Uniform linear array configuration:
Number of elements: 4
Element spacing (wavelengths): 1
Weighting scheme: uniform
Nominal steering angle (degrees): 30
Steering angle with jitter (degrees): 31.909
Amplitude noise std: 0.05
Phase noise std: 0.05

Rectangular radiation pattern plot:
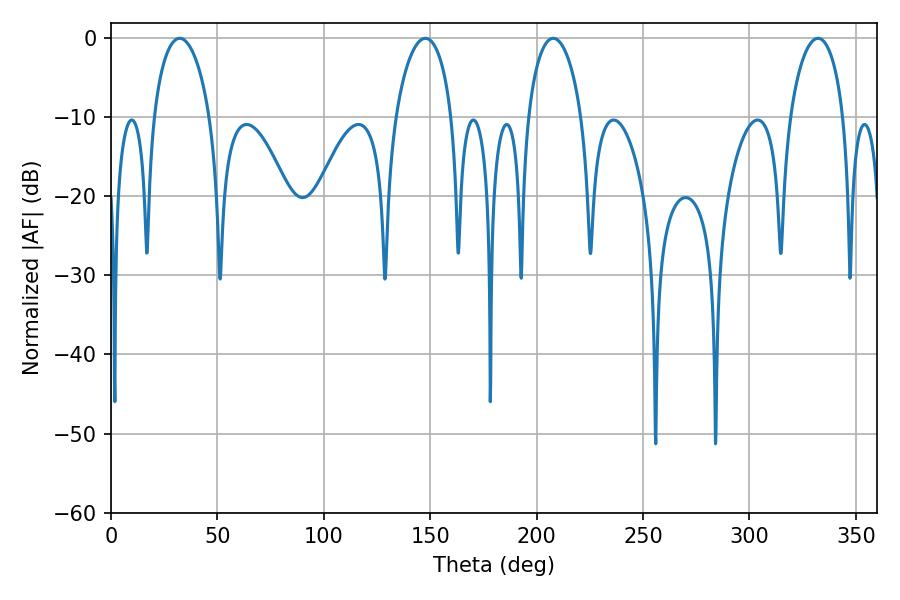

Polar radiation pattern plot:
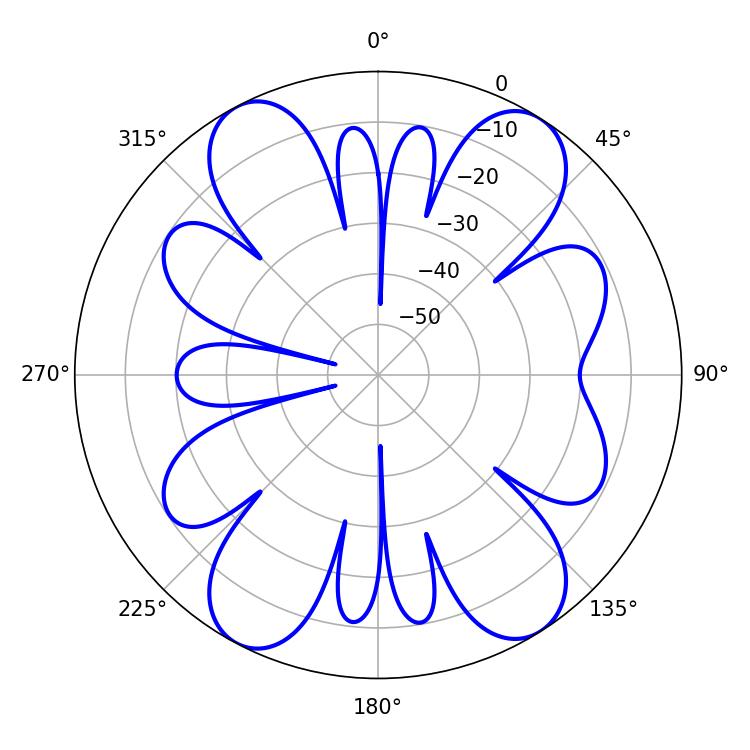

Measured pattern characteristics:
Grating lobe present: TRUE
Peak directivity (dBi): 15.214
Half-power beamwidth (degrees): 15.12
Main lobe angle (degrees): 147.78